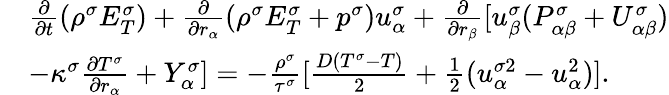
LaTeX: \begin{array}{r}{\begin{array}{rl}&{\frac{\partial}{\partial t}(\rho^{\sigma}E_{T}^{\sigma})+\frac{\partial}{\partial r_{\alpha}}(\rho^{\sigma}E_{T}^{\sigma}+p^{\sigma})u_{\alpha}^{\sigma}+\frac{\partial}{\partial r_{\beta}}[u_{\beta}^{\sigma}(P_{\alpha\beta}^{\sigma}+U_{\alpha\beta}^{\sigma})}\\ &{-\kappa^{\sigma}\frac{\partial T^{\sigma}}{\partial r_{\alpha}}+Y_{\alpha}^{\sigma}]=-\frac{\rho^{\sigma}}{\tau^{\sigma}}[\frac{D(T^{\sigma}-T)}{2}+\frac{1}{2}(u_{\alpha}^{\sigma 2}-u_{\alpha}^{2})].}\end{array}}\end{array}